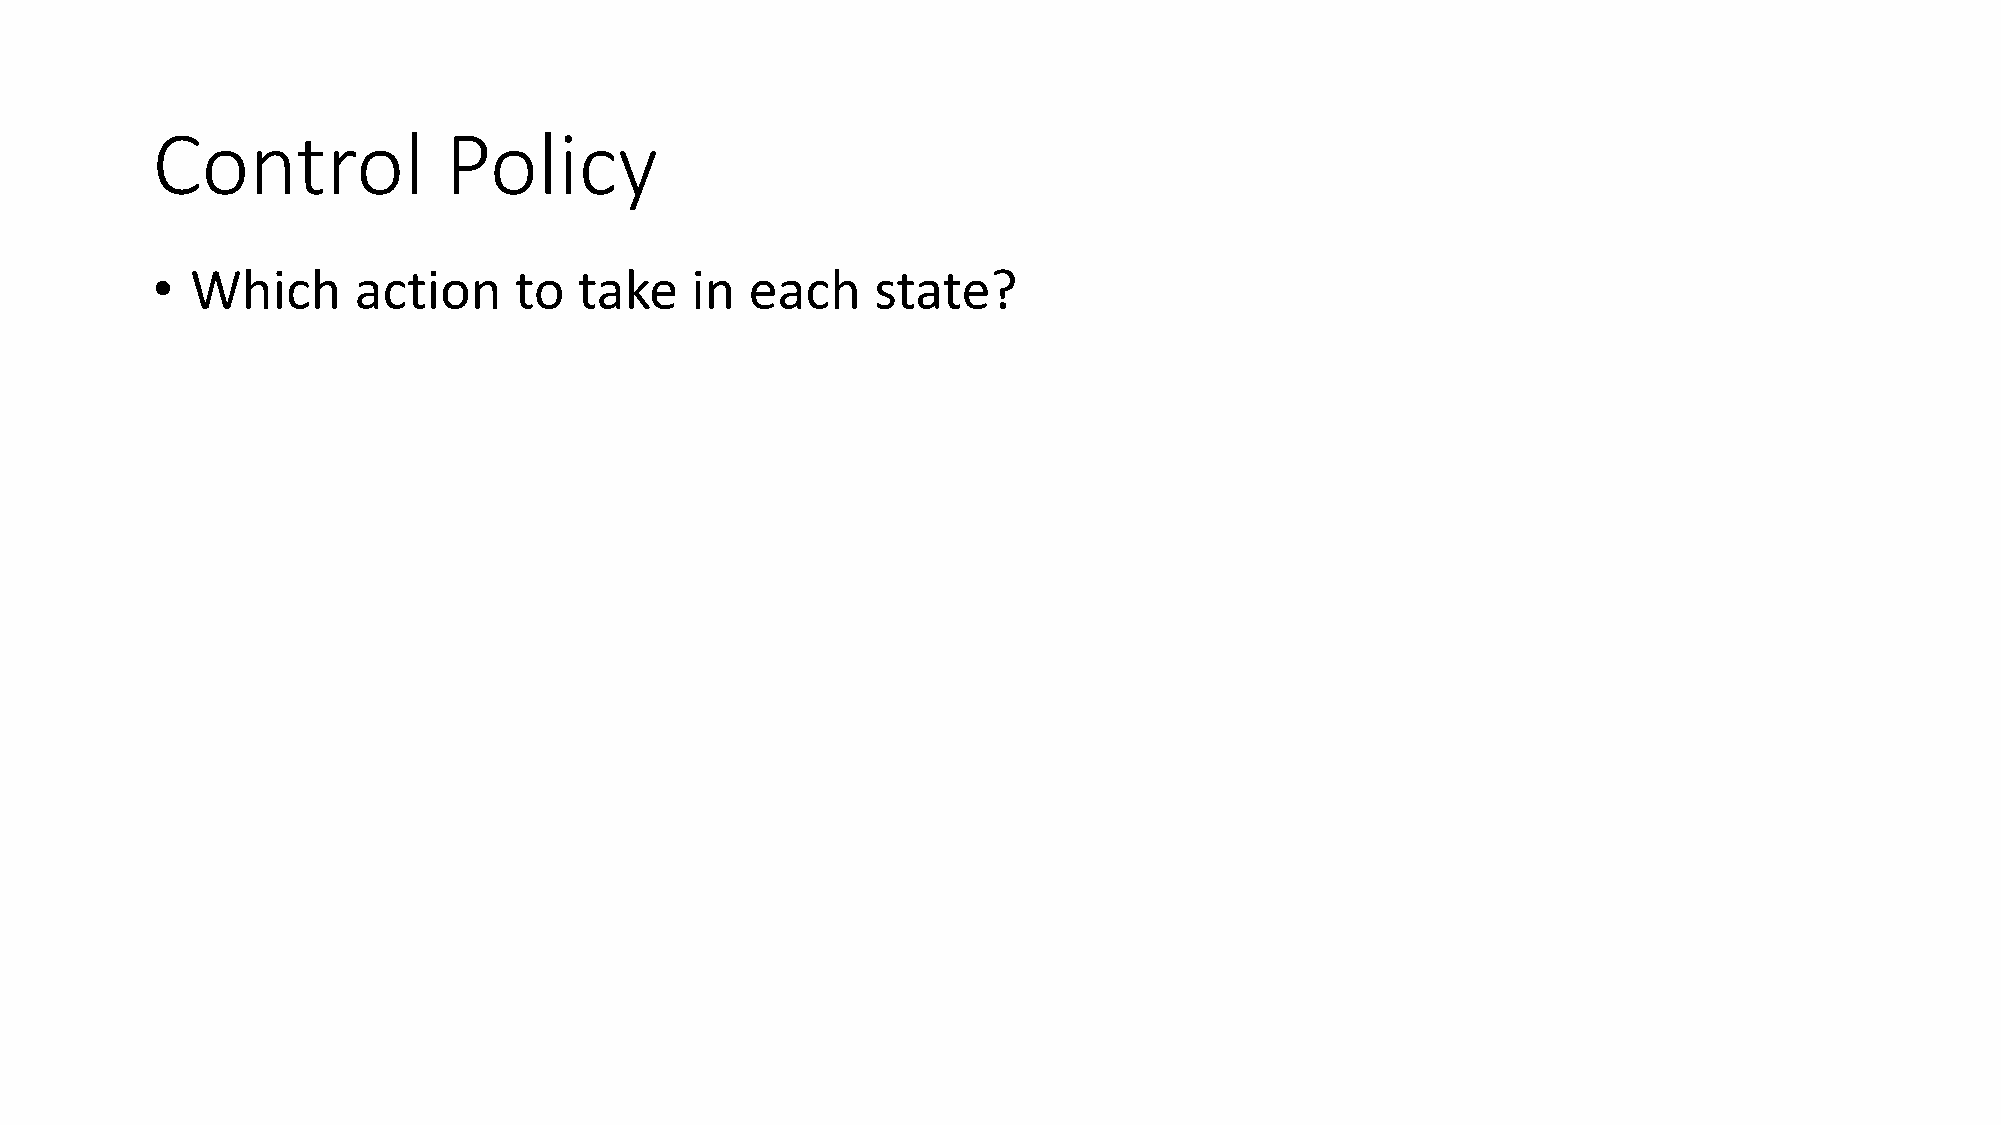
Control            Policy
 •  Which     action     to  take    in  each    state?